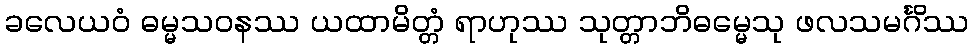
ခလေယဝံ ဓမ္မသဝနဿ ယထာမိတ္တံ ရာဟုဿ သုတ္တာဘိဓမ္မေသု ဖလသမင်္ဂိဿ